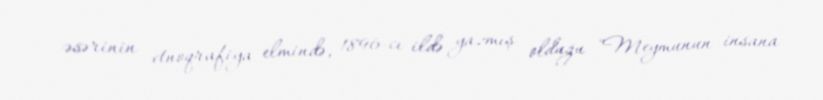
əsərinin etnoqrafiya elmində, 1896-cı ildə yazmış olduğu "Meymunun insana